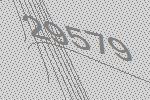
29579